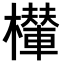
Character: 𣞶